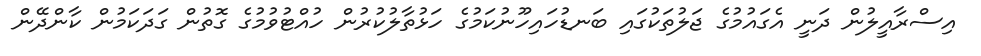
އިސްރާއީލުން ދަނީ އެގައުމުގެ ޖަލުތަކުގައި ބަނޑުހައިހޫނުކަމުގެ ހަޅުތާލުކުުރުން ހުއްޓުވުމުގެ ގޮތުން ގަދަކަމުން ކާންދޭން